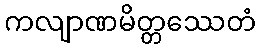
ကလျာဏမိတ္တဿေတံ